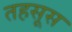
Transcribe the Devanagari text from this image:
तहसूस